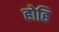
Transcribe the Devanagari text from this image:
होहि